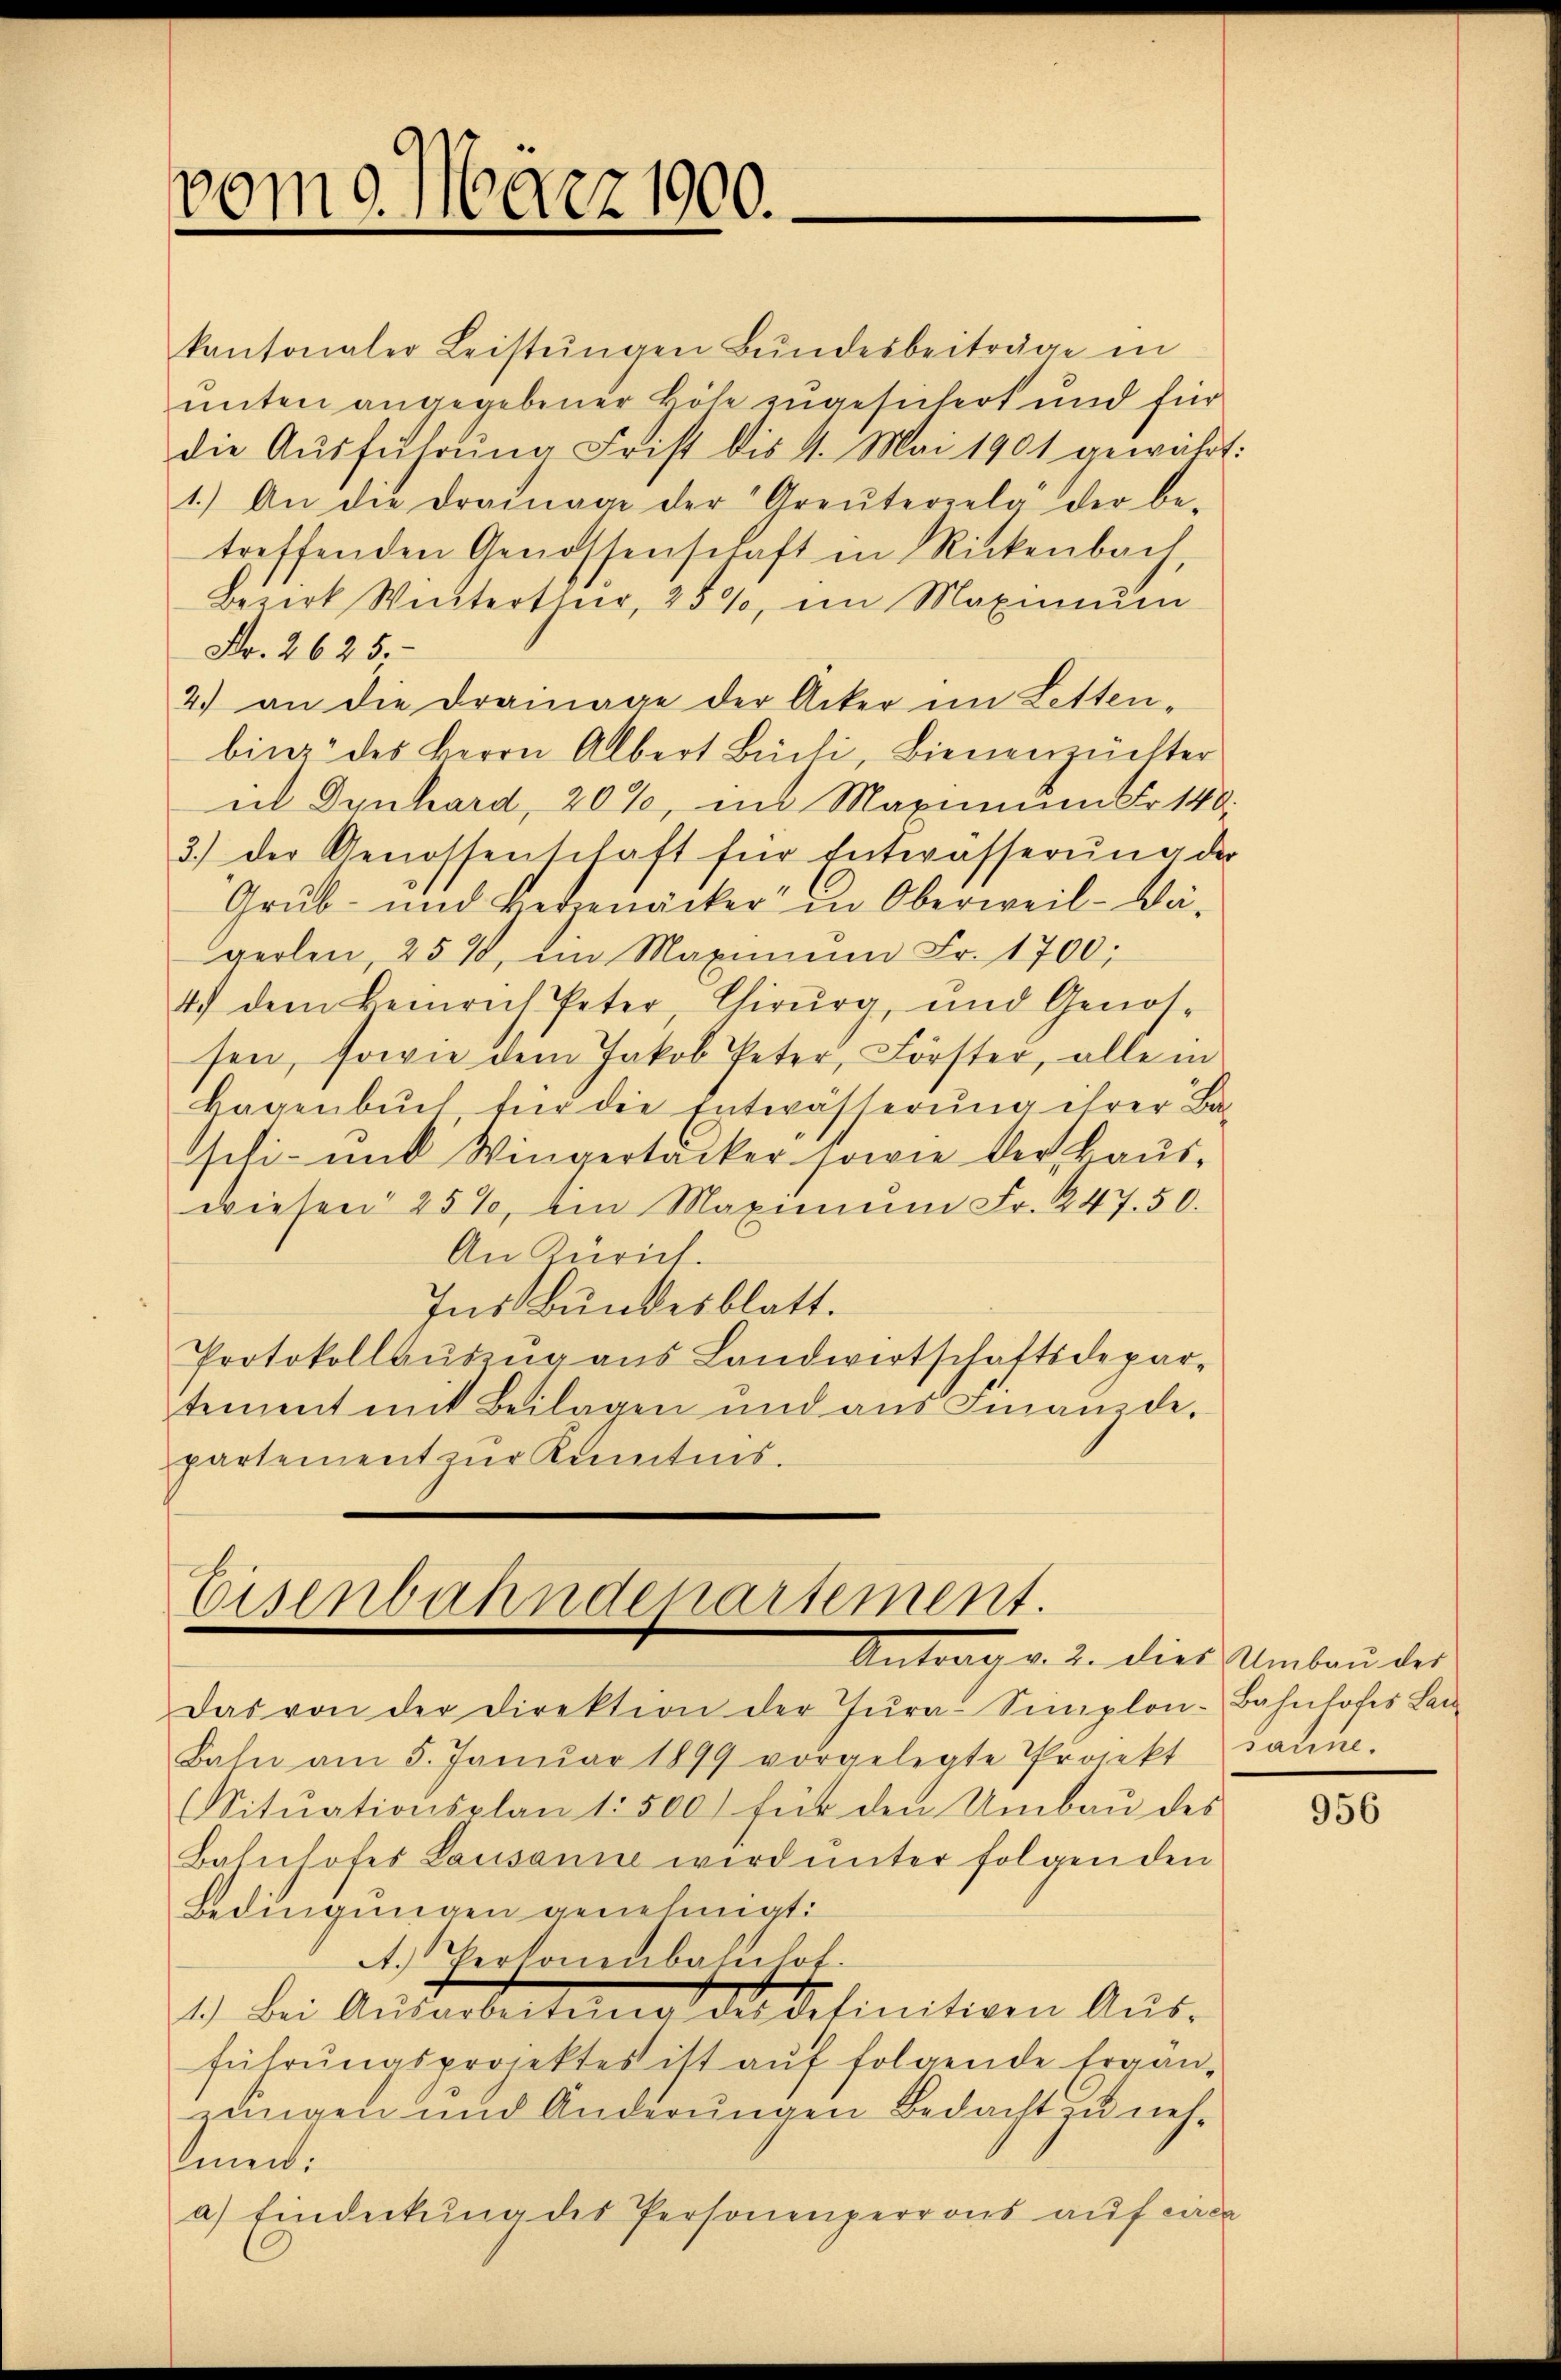
vom 9. März 1900.

kantonaler Leistŭngen Bŭndesbeiträge in
unten angegebener Böse zugesichert und für
die Aŭsführŭng Frist bis 4. Mai 1901 gewährt:
1.) An die Drainage der Greuterrela der be-
treffenden Genossenschaft in Rickenbach
Bezirk Winterthur, 259, im Maximum
Fr. 2625.
2.) an die Drainage der Acker im Letten-
binz des Herrn Albert Büchi, Bienenzüchter
ul Dynhard, 20%, im Maximum Fr. 140.
3.) der Genossenschaft für Entwässerŭng der
Grub- und Herzenäcker" in Oberweil-Dägerlen, 25%, ein Maximŭm Fr. 1700;
4.) dem Heinrich Peter, Chirurg und Genos-
sen, sowie dem Jakob Peter, Förster, alle in
Hagenbŭch für die Entwässerŭng ihrer Ba-
schi- und Wingertacker sowie der kaus-
wiesen 25%, ein Maximŭm Fr. 247. 50.
An Zürich.
Ins Bundesblatt.
Protokollaŭszŭg aŭs Landwirtschaftsdepar-
tement mit Beilagen und aus Finanzde-
partement zur Kenntnis.

Eisenbahndepartement.
Antrag v. 2. dies Umbaŭ des

Das von der Direktion der Tŭra-Simplon-Bahnhofes Lei
Bahn am 5. Januar 1899 vorgelegte Projekt sanne.
Sitŭationsplan 1 500 für den Umbaŭ des
Bahnhofes Lausanne wird ŭnter folgenden
Bedingungen genehmigt:
A. Versonenbahnlot.
1.) Bei Ausarbeitŭng des detinitiven Aus-
führŭngsprojektes ist auf folgende Ergän-
zungen und Änderungen Bedacht zu nehmen:
a) Eindeckŭng des Personenperrons auf eine

956